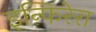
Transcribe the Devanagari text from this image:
इन्फिरेरा